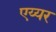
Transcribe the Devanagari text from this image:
एय्यर